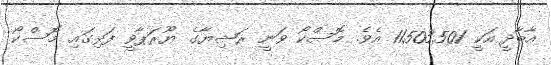
އާބާދީ އަކީ 11